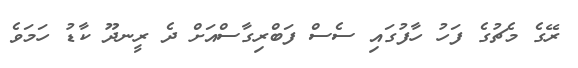
ރޭގެ މެޗުގެ ފަހު ހާފުގައި ސެސް ފަބްރިގާސްއަށް ދެ ރީނދޫ ކާޑު ހަމަވެ